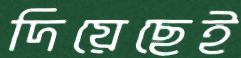
দিয়েছেই